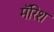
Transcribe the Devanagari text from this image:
मॅरिश